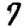
Digit: 7